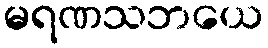
မရဏသဘယေ